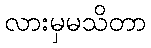
လားမှမသိတာ